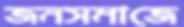
জনসমাজে